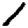
Digit: 1